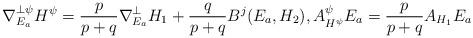
LaTeX: \begin{align*}\nabla_{E_a}^{\perp\psi}H^{\psi}=\frac{p}{p+q}\nabla^{\perp}_{E_a}H_1+\frac{q}{p+q}B^j(E_a,H_2),A^{\psi}_{H^{\psi}}E_a=\frac{p}{p+q}A_{H_1}E_a\end{align*}